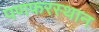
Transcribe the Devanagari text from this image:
पणफरस्थान